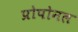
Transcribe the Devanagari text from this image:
प्रोपोनल